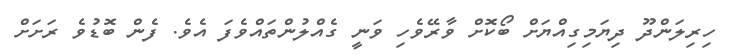
ހިރިލަންދޫ ދިޔަމިގިއްޔަށް ބޯކޮށް ވާރޭވެހި ވަނީ ގެއްލުންތައްވެފަ އެވެ. ފެން ބޮޑުވެ ރަށަށް